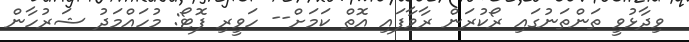
ވިދާޅުވީ ތަންތަނުގައި ރޯކުރަން ރާވާފައި އޮތް ކަމަށް-- ހަވީރި ފޮޓޯ: މުހައްމަދު ޝަރުހާން